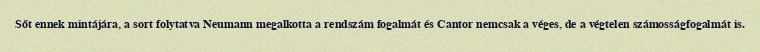
Sőt ennek mintájára, a sort folytatva Neumann megalkotta a rendszám fogalmát és Cantor nemcsak a véges, de a végtelen számosságfogalmát is.